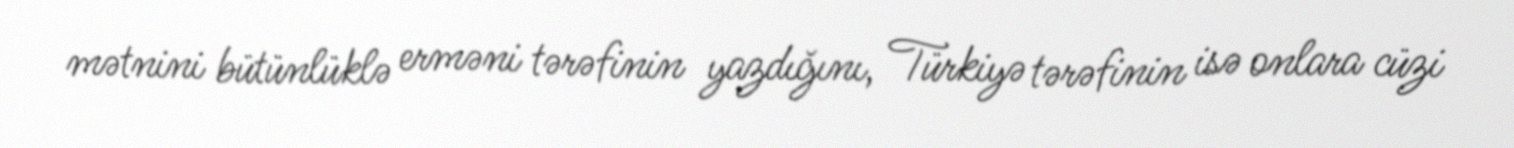
mətnini bütünlüklə erməni tərəfinin yazdığını, Türkiyə tərəfinin isə onlara cüzi